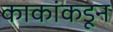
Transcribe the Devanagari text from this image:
काकांकडून